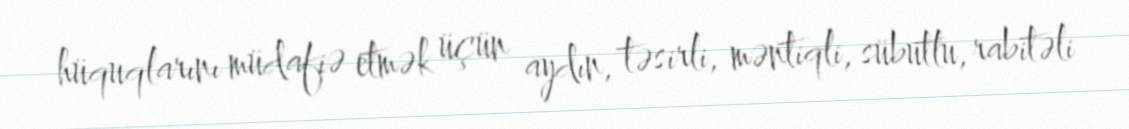
hüquqlarını müdafiə etmək üçün aydın, təsirli, məntiqli, sübutlu, rabitəli